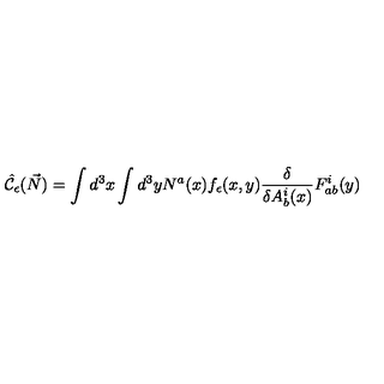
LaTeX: \hat { \cal C } _ { \epsilon } ( \vec { N } ) = \int d ^ { 3 } x \int d ^ { 3 } y N ^ { a } ( x ) f _ { \epsilon } ( x , y ) { \frac { \delta } { \delta A _ { b } ^ { i } ( x ) } } F _ { a b } ^ { i } ( y )